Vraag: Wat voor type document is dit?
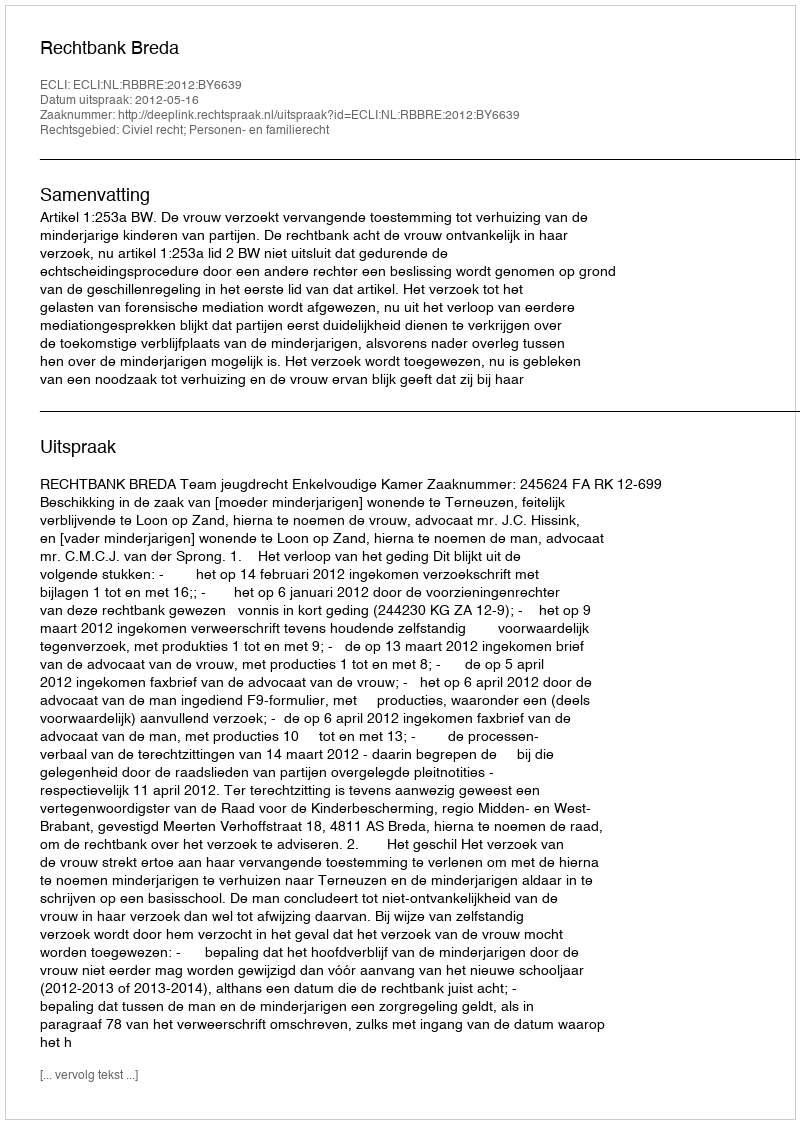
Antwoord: Uitspraak